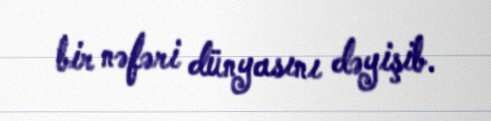
bir nəfəri dünyasını dəyişib.